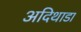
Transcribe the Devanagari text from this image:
अदिथाडा